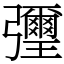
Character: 㣆